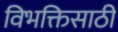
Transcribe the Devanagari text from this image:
विभक्तिसाठी